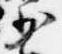
少